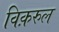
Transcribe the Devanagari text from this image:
विक़रुल